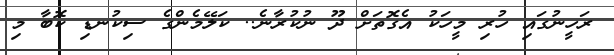
ރަހީނުގައި ހުރި މީހަކު އެގޮތަށް ދޫ ނުކުރާނެ.. ކަލޭމެންގެ ސިކުނޑި ކޮބާ މި